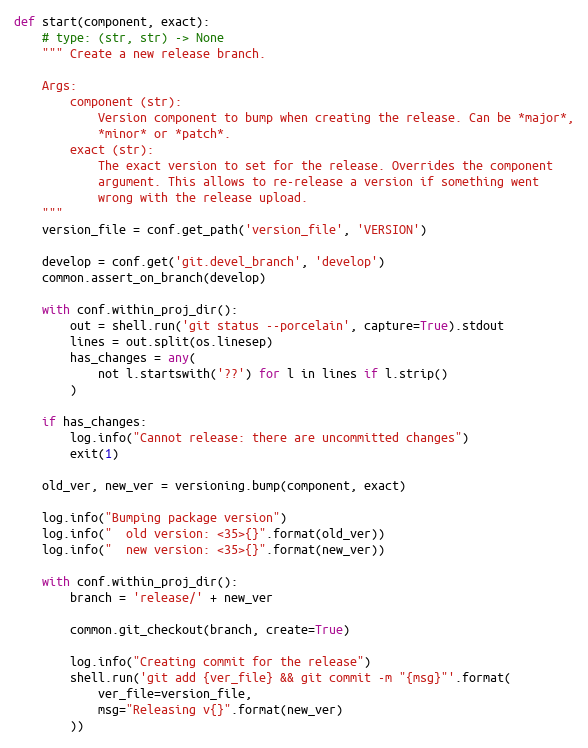
Language: Python
def start(component, exact):
    # type: (str, str) -> None
    """ Create a new release branch.

    Args:
        component (str):
            Version component to bump when creating the release. Can be *major*,
            *minor* or *patch*.
        exact (str):
            The exact version to set for the release. Overrides the component
            argument. This allows to re-release a version if something went
            wrong with the release upload.
    """
    version_file = conf.get_path('version_file', 'VERSION')

    develop = conf.get('git.devel_branch', 'develop')
    common.assert_on_branch(develop)

    with conf.within_proj_dir():
        out = shell.run('git status --porcelain', capture=True).stdout
        lines = out.split(os.linesep)
        has_changes = any(
            not l.startswith('??') for l in lines if l.strip()
        )

    if has_changes:
        log.info("Cannot release: there are uncommitted changes")
        exit(1)

    old_ver, new_ver = versioning.bump(component, exact)

    log.info("Bumping package version")
    log.info("  old version: <35>{}".format(old_ver))
    log.info("  new version: <35>{}".format(new_ver))

    with conf.within_proj_dir():
        branch = 'release/' + new_ver

        common.git_checkout(branch, create=True)

        log.info("Creating commit for the release")
        shell.run('git add {ver_file} && git commit -m "{msg}"'.format(
            ver_file=version_file,
            msg="Releasing v{}".format(new_ver)
        ))